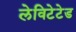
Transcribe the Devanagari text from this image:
लेविटेटेड